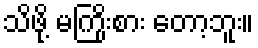
သိဖို့ မကြိုးစား တော့ဘူး။